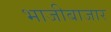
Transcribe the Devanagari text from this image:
भाजीबाजार